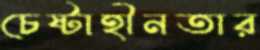
চেষ্টাহীনতার